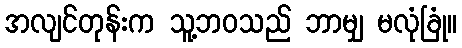
အလျင်တုန်းက သူ့ဘဝသည် ဘာမျှ မလုံခြုံ။